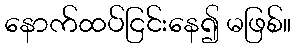
နောက်ထပ်ငြင်းနေ၍ မဖြစ်။